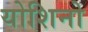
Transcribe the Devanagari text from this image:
योशिनो